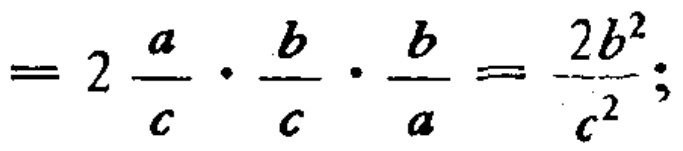
$=2\frac{a}{c}\cdot\frac{b}{c}\cdot\frac{b}{a}=\frac{2b^{2}}{c^{2}};$